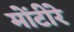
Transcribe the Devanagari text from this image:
मोंटीरे